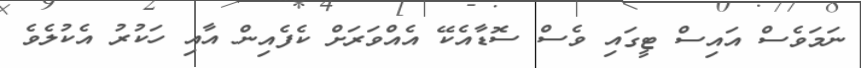
ނަމަވެސް އައިސް ޓީގައި ވެސް ސޮޑާއެކޭ އެއްވަރަށް ކެފެއިން އާއި ހަކުރު އެކުލެވެ